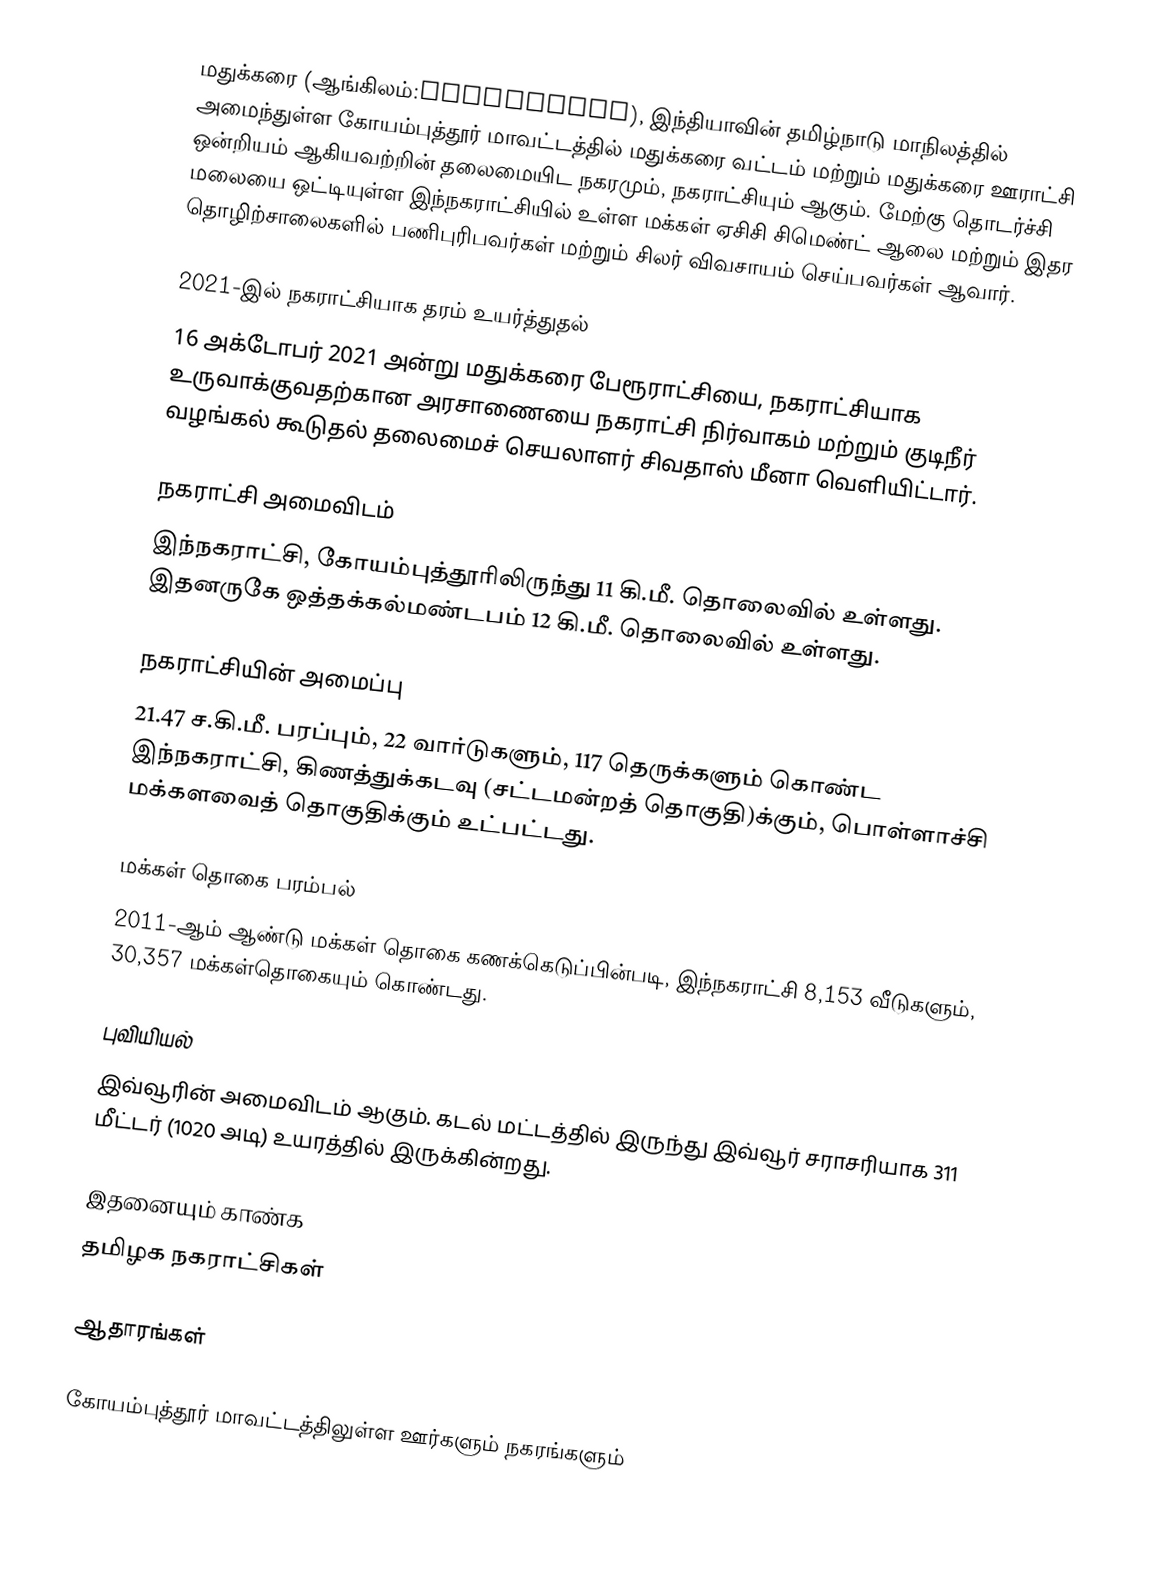
மதுக்கரை (ஆங்கிலம்:Madukkarai), இந்தியாவின் தமிழ்நாடு மாநிலத்தில் அமைந்துள்ள கோயம்புத்தூர் மாவட்டத்தில் மதுக்கரை வட்டம் மற்றும் மதுக்கரை ஊராட்சி ஒன்றியம் ஆகியவற்றின் தலைமையிட நகரமும்,  நகராட்சியும் ஆகும். மேற்கு தொடர்ச்சி மலையை ஒட்டியுள்ள இந்நகராட்சியில் உள்ள மக்கள் ஏசிசி சிமெண்ட் ஆலை மற்றும் இதர தொழிற்சாலைகளில் பணிபுரிபவர்கள் மற்றும் சிலர் விவசாயம் செய்பவர்கள் ஆவார்.

2021-இல் நகராட்சியாக தரம் உயர்த்துதல்
16 அக்டோபர் 2021 அன்று மதுக்கரை பேரூராட்சியை, நகராட்சியாக உருவாக்குவதற்கான அரசாணையை நகராட்சி நிர்வாகம் மற்றும் குடிநீர் வழங்கல் கூடுதல் தலைமைச் செயலாளர் சிவதாஸ் மீனா வெளியிட்டார்.

நகராட்சி அமைவிடம்
இந்நகராட்சி, கோயம்புத்தூரிலிருந்து 11 கி.மீ. தொலைவில் உள்ளது. இதனருகே ஒத்தக்கல்மண்டபம் 12 கி.மீ. தொலைவில் உள்ளது.

நகராட்சியின் அமைப்பு
21.47 ச.கி.மீ. பரப்பும், 22 வார்டுகளும், 117 தெருக்களும்  கொண்ட இந்நகராட்சி,  கிணத்துக்கடவு (சட்டமன்றத் தொகுதி)க்கும், பொள்ளாச்சி மக்களவைத் தொகுதிக்கும் உட்பட்டது.

மக்கள் தொகை பரம்பல்
2011-ஆம் ஆண்டு மக்கள் தொகை கணக்கெடுப்பின்படி,  இந்நகராட்சி 8,153 வீடுகளும்,  30,357 மக்கள்தொகையும் கொண்டது.

புவியியல்
இவ்வூரின் அமைவிடம்  ஆகும். கடல் மட்டத்தில் இருந்து இவ்வூர் சராசரியாக 311 மீட்டர் (1020 அடி) உயரத்தில் இருக்கின்றது.

இதனையும் காண்க
தமிழக நகராட்சிகள்

ஆதாரங்கள்

கோயம்புத்தூர் மாவட்டத்திலுள்ள ஊர்களும் நகரங்களும்